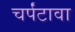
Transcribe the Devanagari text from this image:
चर्पंटावा